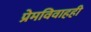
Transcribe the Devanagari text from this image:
प्रेमविवाहही